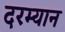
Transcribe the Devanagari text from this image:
दरम्‍यान